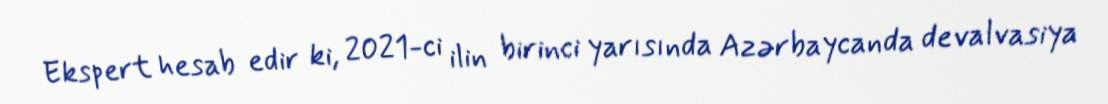
Ekspert hesab edir ki, 2021-ci ilin birinci yarısında Azərbaycanda devalvasiya